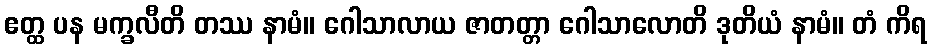
ဧတ္ထ ပန မက္ခလီတိ တဿ နာမံ။ ဂေါသာလာယ ဇာတတ္တာ ဂေါသာလောတိ ဒုတိယံ နာမံ။ တံ ကိရ